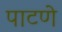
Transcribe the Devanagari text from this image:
पाटणे